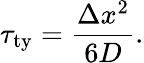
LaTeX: \tau_{\mathrm{{ty}}}={\frac{\Delta x^{2}}{6D}}.